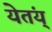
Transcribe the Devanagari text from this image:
येतंय्